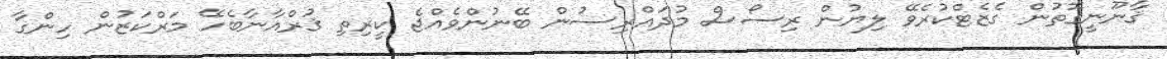
ޤާނޫނީގޮތުން ގެޒެޓްކުރެވޭ ލިޔުން ރިސޯސް މުދައްރިސުން ބޭނުންވެއްޖެ ކީރިތި ޤުރްއާނާބެހޭ މަރްކަޒުން ހިންގާ